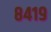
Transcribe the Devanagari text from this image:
८४१९